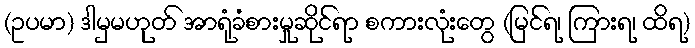
(ဥပမာ) ဒါမှမဟုတ် အာရုံခံစားမှုဆိုင်ရာ စကားလုံးတွေ (မြင်ရ၊ ကြားရ၊ ထိရ)